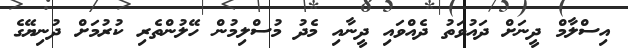
އިސްލާމް ދީނަށް ދައުވަތު ދެއްވައި ދީނާއި މެދު މުސްލިމުން ހޭލުންތެރި ކުރުމަށް ދުނިޔޭގެ